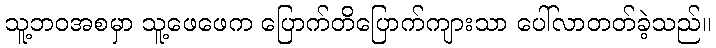
သူ့ဘဝအစမှာ သူ့ဖေဖေက ပြောက်တိပြောက်ကျားသာ ပေါ်လာတတ်ခဲ့သည်။